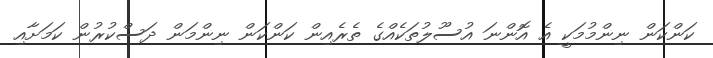
ކަންކަން ނިންމުމަކީ އެ އޮންނަ އުސޫލުތަކެއްގެ ތެރެއިން ކަންކަން ނިންމަން ދަސްކުރުން ކަމަށާއި